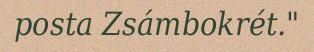
posta Zsámbokrét."